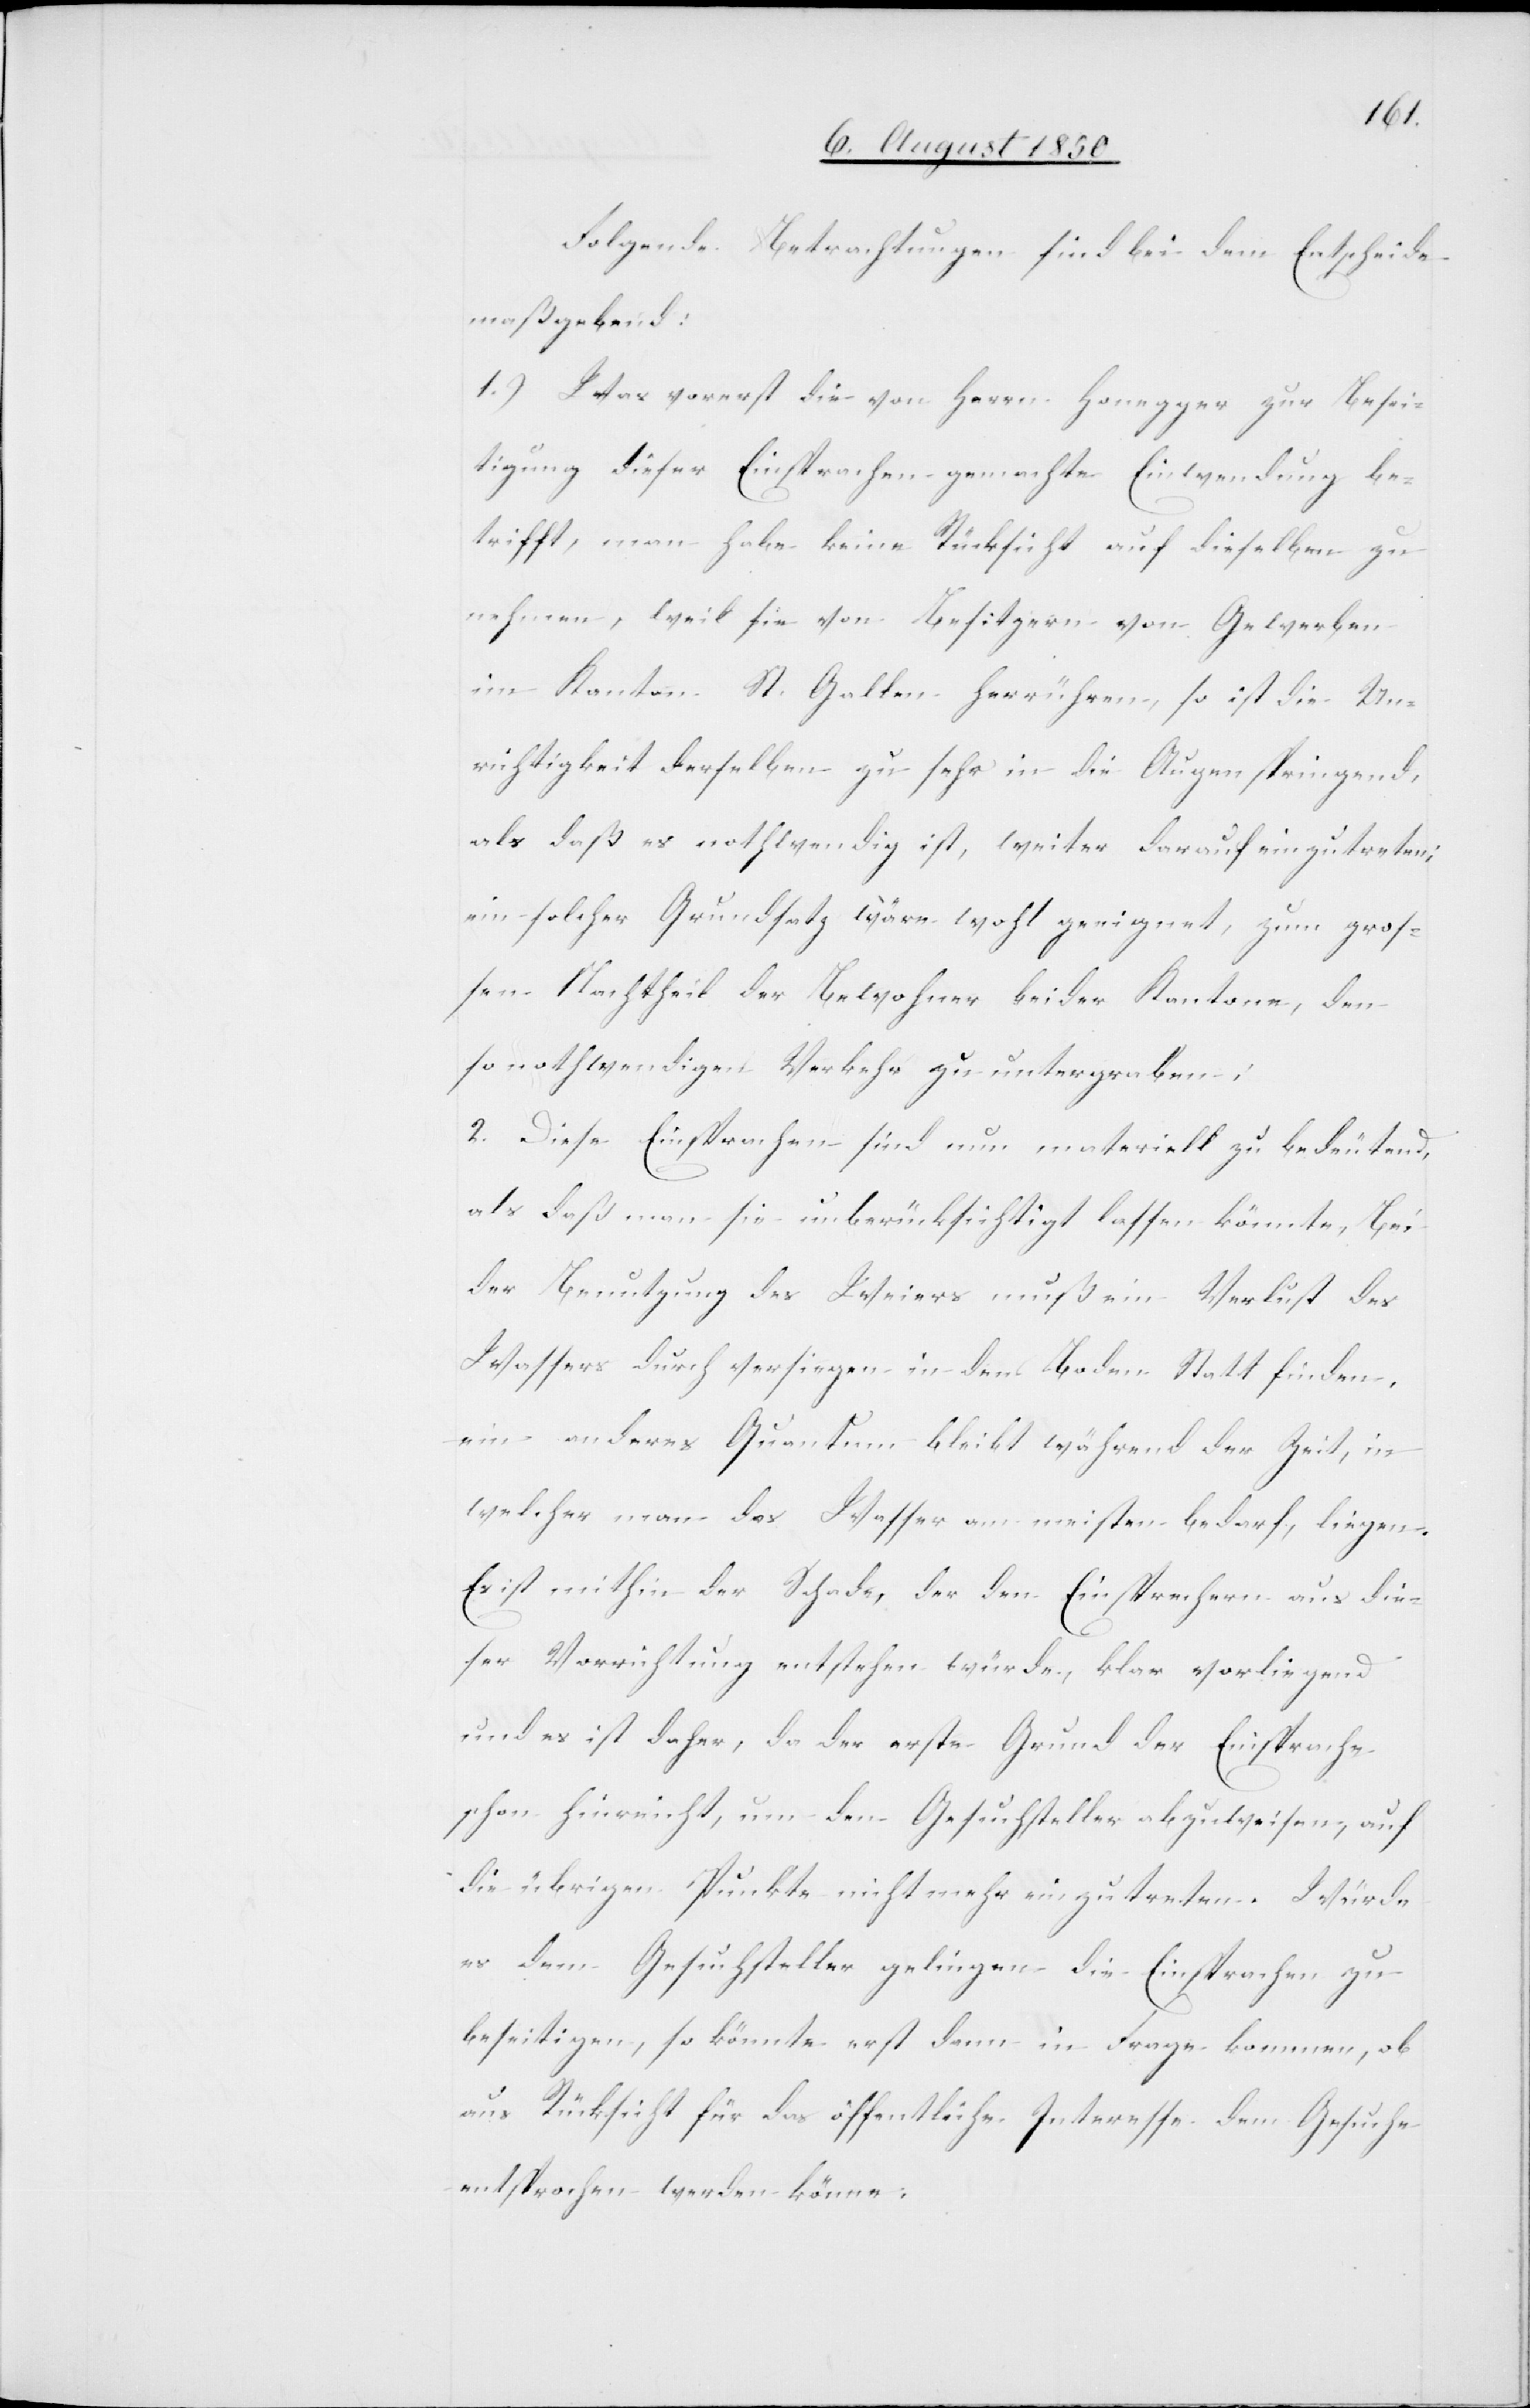
Folgende Betrachtungen sind bei dem Entscheide
maßgebend:
1.) Was vorerst die von Herrn Honegger zur Besei¬
tigung dieser Einsprachen gemachte Einwendung
im Kanton St. Gallen herrühren, so ist die Un¬
richtigkeit derselben zu sehr in die Augen springend,
als daß es nothwendig ist, weiter darauf einzutreten;
ein solcher Grundsatz wäre wohl geeignet, zum gros¬
sen Nachtheil der Bewohner beider Kantone, den
so nothwendigen Verkehr zu untergraben;
2. Diese Einsprachen sind nun materiell zu bedeutend,
als daß man sie unberücksichtigt lassen könnte, Bei
der Benutzung des Weisers muß ein Verlust des
Wassers durch versiegen in den Boden Statt finden,
ein anderes Quantum bleibt während der Zeit, in
welcher man das Wasser am meisten bedarf, liegen.
Es ist mithin der Schade, der den Einsprechern aus die¬
ser Vorrichtung entstehen würde, klar vorliegend
und es ist daher, da der erste Grund der Einsprache
schon hinreicht, um den Gesuchsteller abzuweisen, auf
die übrigen Punkte nicht mehr einzutreten. Würde
es dem Gesuchsteller gelingen die Einsprachen zu
beseitigen, so könnte erst dann in Frage kommen, ob
aus Rücksicht für das öffentliche Interesse dem Gesuche
entsprochen werden könne.